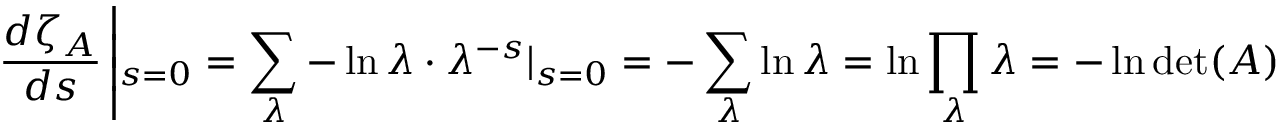
\frac { d \zeta _ { A } } { d s } \left| _ { s = 0 } = \sum _ { \lambda } - \ln \lambda \cdot \lambda ^ { - s } | _ { s = 0 } = - \sum _ { \lambda } \ln \lambda = \ln \prod _ { \lambda } \lambda = - \ln \operatorname * { d e t } ( A ) \right.